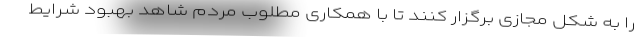
را به شکل مجازی برگزار کنند تا با همکاری مطلوب مردم شاهد بهبود شرایط